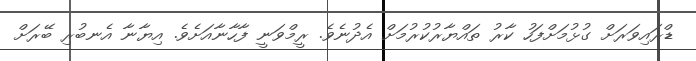
ޑްރައިވަރަށް ގުޅުމަށްފަހު ކާރު ތައްޔާރުކުރުމަށް އެދުނެވެ. ރީމްވަނީ ފާހާނާއަށެވެ. އިޔާނާ އެނބުރި ބޭރަށް